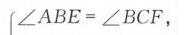
\(\{\angle ABE=\angle BCF,\)